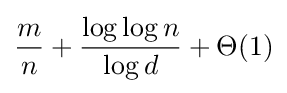
{\frac {m}{n}}+{\frac {\log \log n}{\log d}}+\Theta (1)